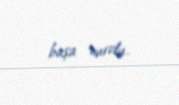
başa vurdu.